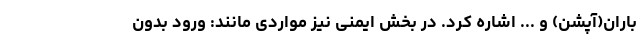
باران(آپشن) و ... اشاره کرد. در بخش ایمنی نیز مواردی مانند: ورود بدون